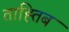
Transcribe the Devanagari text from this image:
ताह्तिब